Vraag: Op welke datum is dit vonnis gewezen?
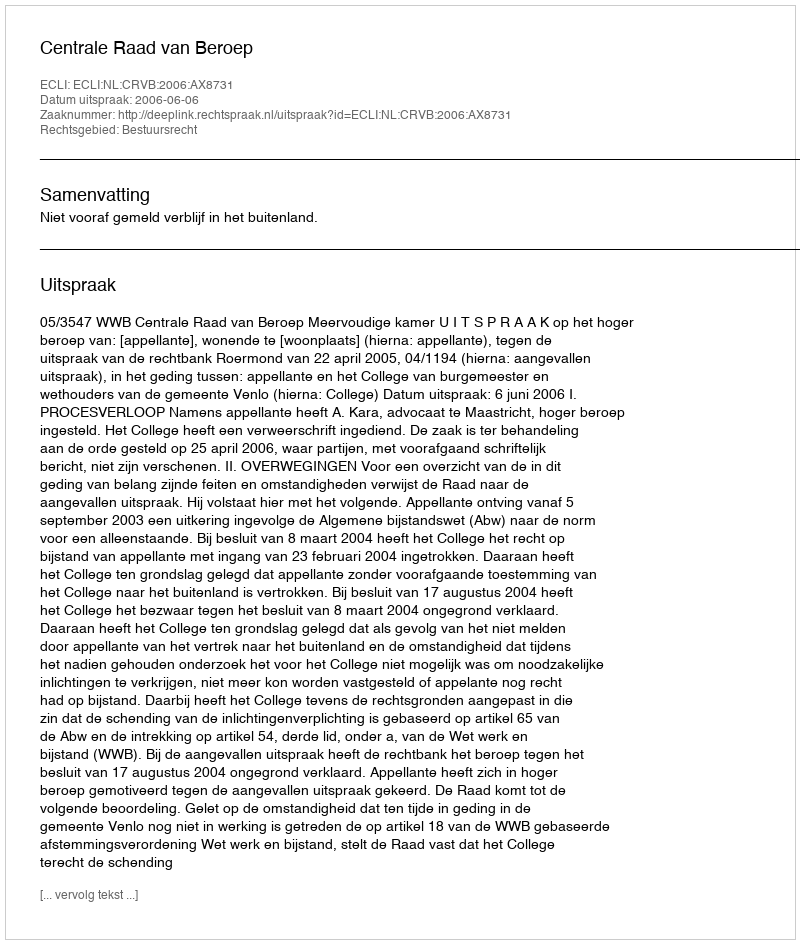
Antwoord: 2006-06-06